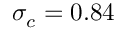
\sigma _ { c } = 0 . 8 4